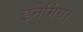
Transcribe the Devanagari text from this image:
इनेर्मिस।